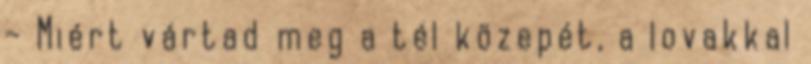
– Miért vártad meg a tél közepét, a lovakkal